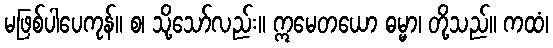
မဖြစ်ပါပေကုန်။ စ၊ သို့သော်လည်း။ ဣမေတယော ဓမ္မာ၊ တို့သည်။ ကထံ၊